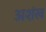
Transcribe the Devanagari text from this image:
अशंख